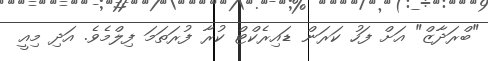
"ބްރަދާޒް" އަށް ފަހު ކަރަން ޑައިރެކްޓް ކުރާ ފުރަތަމަ ފިލްމެވެ. އަދި މިއީ